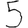
Digit: 5